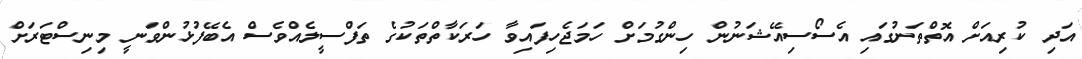
އަދި ކުރިއަށް އޮތްތަނުގައި އެސޯސިއޭޝަނުން ހިންގުމަށް ހަމަޖެހިފައިވާ ހަރަކާތްތަކުގެ ތަފްސީލެއްވެސް އެބޭފުޅުންވަނީ މިނިސްޓަރަށް